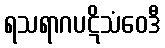
ရသရာဂပဋိသံဝေဒီ